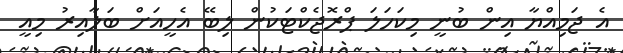
އެ ޖަމިއްޔާ އިން ބުނީ މިކަހަލަ ޕްރޮޖެކްޓަކުން ލިބޭ އެހީއަށް ބަލާއިރު މިއީ